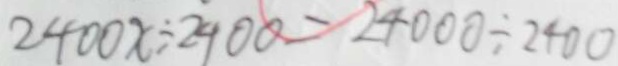
2 4 0 0 x \div 2 4 0 0 = 2 4 0 0 0 \div 2 4 0 0